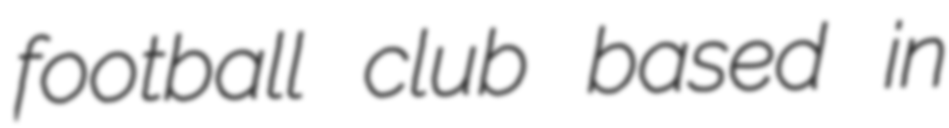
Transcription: football club based in